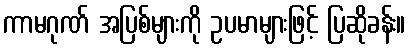
ကာမဂုဏ် အပြစ်များကို ဥပမာများဖြင့် ပြဆိုခန်း။